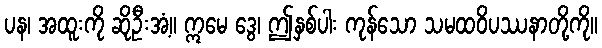
ပန၊ အထူးကို ဆိုဦးအံ့။ ဣမေ ဒွေ၊ ဤနှစ်ပါး ကုန်သော သမထဝိပဿနာတို့ကို။